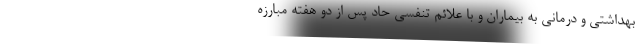
بهداشتی و درمانی به بیماران و با علائم تنفسی حاد پس از دو هفته مبارزه